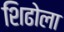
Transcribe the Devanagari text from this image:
शिढोला